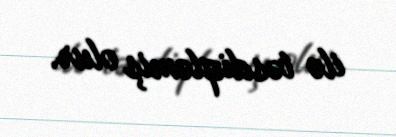
ilə təsdiqləmiş olur.